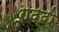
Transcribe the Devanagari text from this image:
गढ्ढो